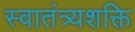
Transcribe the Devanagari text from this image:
स्वातंत्र्यशक्ति